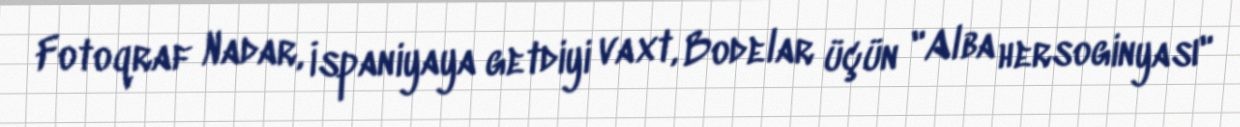
Fotoqraf Nadar, İspaniyaya getdiyi vaxt, Bodelar üçün "Alba hersoginyası"